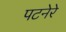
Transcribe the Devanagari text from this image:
पटनेरे